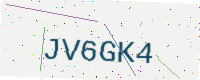
Text: JV6GK4